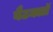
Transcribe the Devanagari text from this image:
बैटक्लॉ